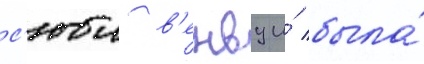
с'юи в'енву и́ была́